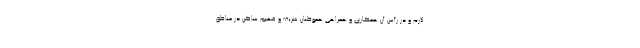
لازم و در رأس آن همکاری و همراهی هموطنان شریف و فهیم ساکن در مناطق